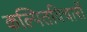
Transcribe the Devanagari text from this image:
कल्पितविचारों